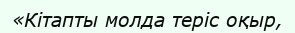
«Кітапты молда теріс оқыр,